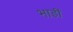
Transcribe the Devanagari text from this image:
भाडीं